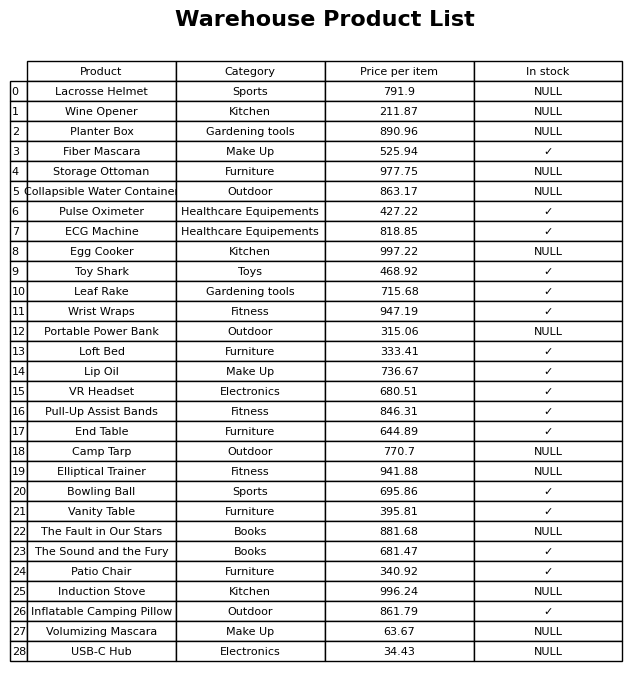
question: Is the Wrist Wraps in stock?
answer: ✓